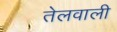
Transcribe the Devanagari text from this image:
तेलवाली